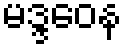
မဒ္ဒဝေန